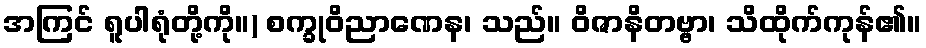
အကြင် ရူပါရုံတို့ကို။) စက္ခုဝိညာဏေန၊ သည်။ ဝိဇာနိတဗ္ဗာ၊ သိထိုက်ကုန်၏။